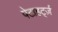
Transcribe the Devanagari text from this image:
पेटाहर्ट्ज़